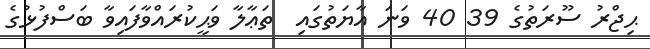
ޙިޖްރު ސޫރަތުގެ 39 40 ވަނަ އާޔަތުގައި  ތަޢާލާ ވަޙީކުރައްވާފައިވާ ބަސްފުޅުގެ